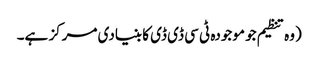
(وہ تنظیم جو موجودہ ٹی سی ڈی ڈی کا بنیادی مرکز ہے۔